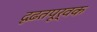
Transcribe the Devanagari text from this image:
दृढ़तपूर्वक